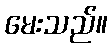
မေးသည်။